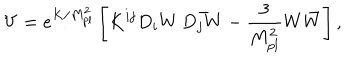
LaTeX: V = e ^ { K / M _ { p l } ^ { 2 } } \left[ K ^ { i j } D _ { i } W \, \bar { D _ { j } W } - \frac { 3 } { M _ { p l } ^ { 2 } } W \bar { W } \right] ,